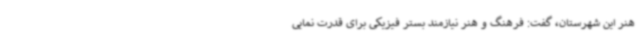
هنر این شهرستان، گفت: فرهنگ و هنر نیازمند بستر فیزیکی برای قدرت نمایی